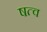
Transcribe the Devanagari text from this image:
षत्व